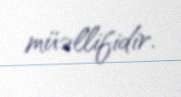
müəllifidir.